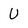
Character: U